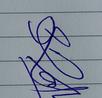
Signature authenticity: genuine